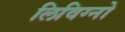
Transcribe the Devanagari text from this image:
लिविग्नो